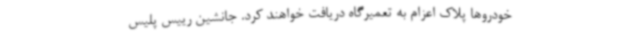
خودروها پلاک اعزام به تعمیرگاه دریافت خواهند کرد. جانشین رییس پلیس